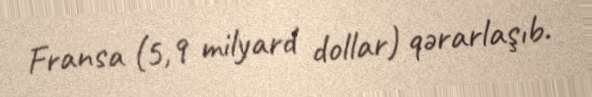
Fransa (5,9 milyard dollar) qərarlaşıb.